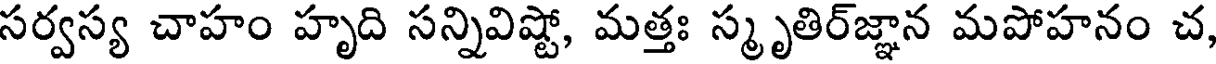
సర్వస్య చాహం హృది సన్నివిష్టో, మత్తః స్మృతిర్జ్ఞాన మపోహనం చ,